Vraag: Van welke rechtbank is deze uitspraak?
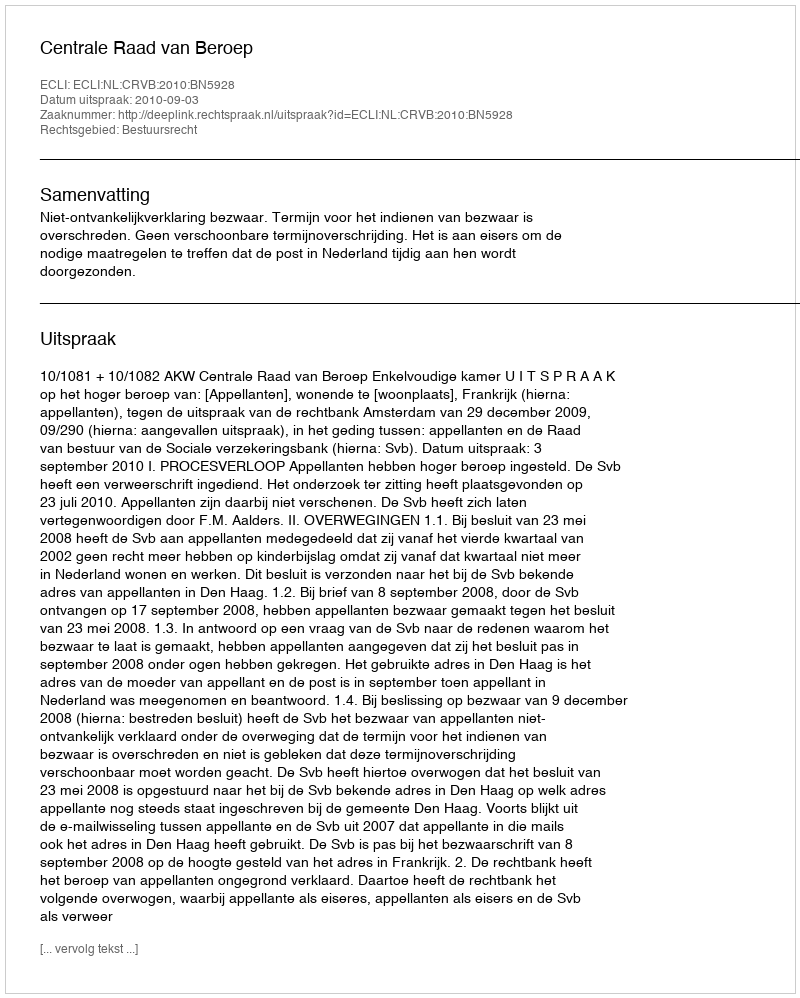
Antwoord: Centrale Raad van Beroep